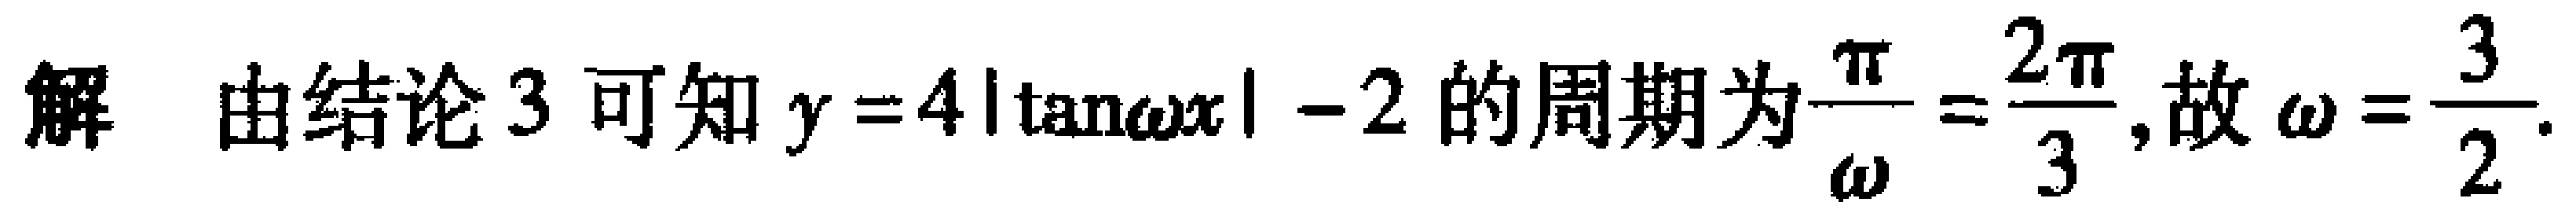
解 由结论 3 可知 \(y = 4|\tan\omega x|-2\) 的周期为\(\frac{\pi}{\omega}=\frac{2\pi}{3}\),故\(\omega=\frac{3}{2}\).